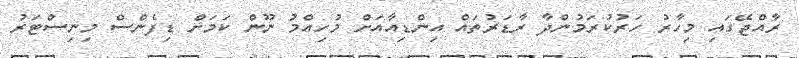
ރާއްޖޭގައި މިހާރު ހަރުކުރަމުންދާ ރާޑަރުތައް އިންޑިއާއަށް މުހިއްމު ނޫން ކަމަށް ޑިފެންސް މިނިސްޓަރު